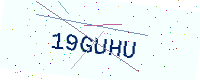
Text: 19GUHU